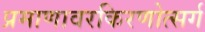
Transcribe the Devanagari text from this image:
प्रमाणावरकिरणोत्सर्ग